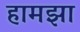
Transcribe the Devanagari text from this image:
हामझा